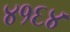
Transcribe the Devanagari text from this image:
४१६४